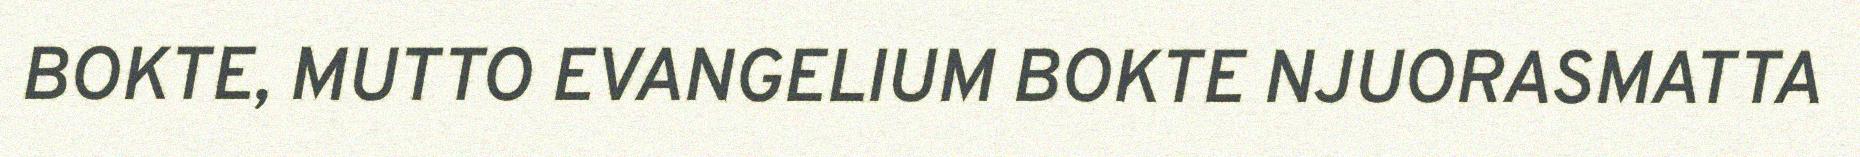
BOKTE, MUTTO EVANGELIUM BOKTE NJUORASMATTA